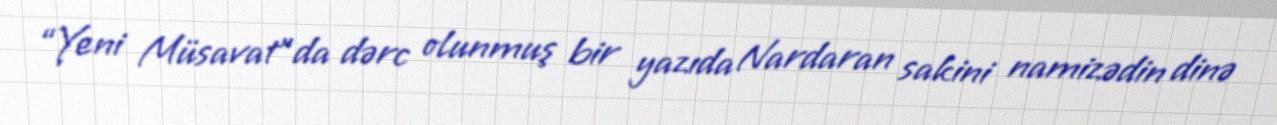
“Yeni Müsavat”da dərc olunmuş bir yazıda Nardaran sakini namizədin dinə